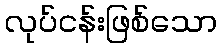
လုပ်ငန်းဖြစ်သော